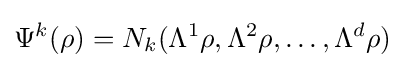
\Psi ^{k}(\rho )=N_{k}(\Lambda ^{1}\rho ,\Lambda ^{2}\rho ,\ldots ,\Lambda ^{d}\rho )\